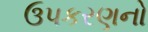
ઉપકરણનો